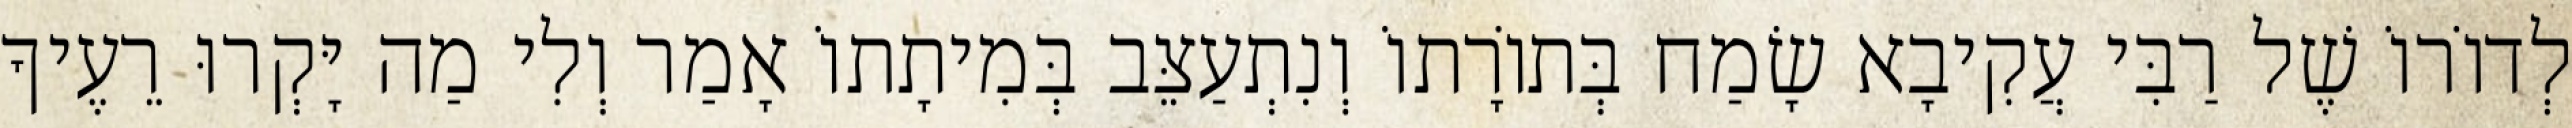
לְדוֹרוֹ שֶׁל רַבִּי עֲקִיבָא שָׂמַח בְּתוֹרָתוֹ וְנִתְעַצֵּב בְּמִיתָתוֹ אָמַר וְלִי מַה יָּקְרוּ רֵעֶיךָ